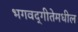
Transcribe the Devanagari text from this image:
भगवद्‍गीतेमधील